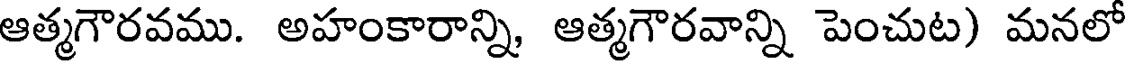
ఆత్మగౌరవము. అహంకారాన్ని, ఆత్మగౌరవాన్ని పెంచుట) మనలో